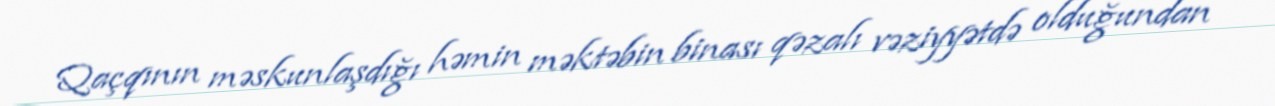
Qaçqının məskunlaşdığı həmin məktəbin binası qəzalı vəziyyətdə olduğundan